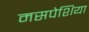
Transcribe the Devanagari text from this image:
मसपेशिया